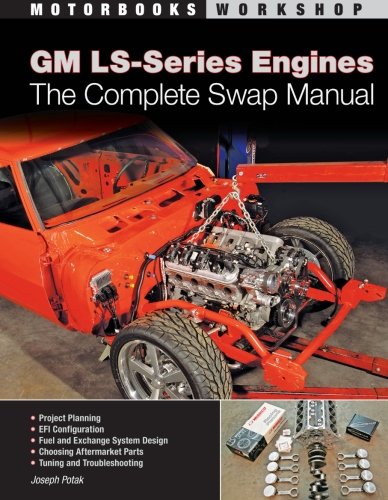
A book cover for GM LS-Series Engines: The Complete Swap Manual (Motorbooks Workshop); Joseph Potak; Engineering & Transportation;